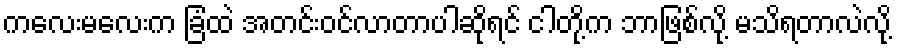
ကလေးမလေးက ခြံထဲ အတင်းဝင်လာတာပါဆိုရင် ငါတို့က ဘာဖြစ်လို့ မသိရတာလဲလို့